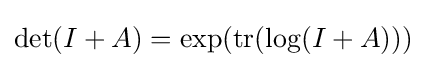
\det(I+A)=\exp(\operatorname {tr} (\log(I+A)))